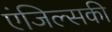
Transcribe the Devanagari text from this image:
एंजिल्सकी